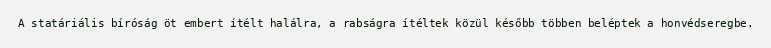
A statáriális bíróság öt embert ítélt halálra, a rabságra ítéltek közül később többen beléptek a honvédseregbe.